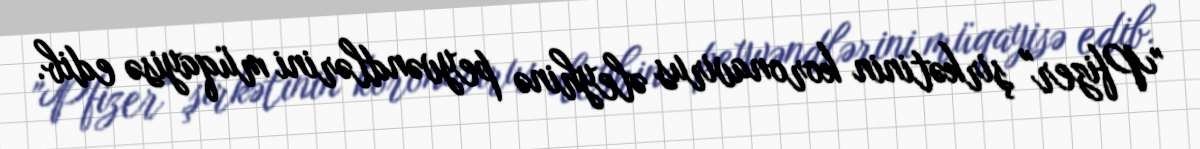
"Pfizer" şirkətinin koronavirus əleyhinə peyvəndlərini müqayisə edib.